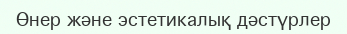
Өнер және эстетикалық дәстүрлер